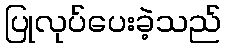
ပြုလုပ်ပေးခဲ့သည်